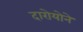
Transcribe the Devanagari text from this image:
दारोयोने